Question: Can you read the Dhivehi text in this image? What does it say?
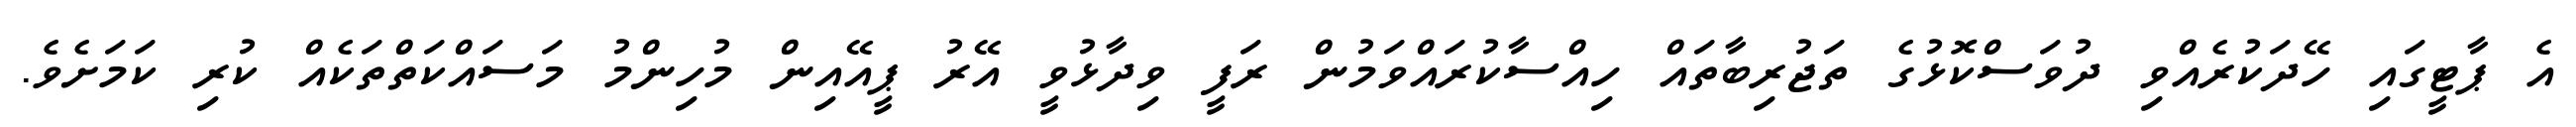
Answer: އެ ޕާޓީގައި ހޭދަކުރެއްވި ދުވަސްކޮޅުގެ ތަޖުރިބާތައް ހިއްސާކުރައްވަމުން ރަފީ ވިދާޅުވީ އޭރު ޕީއޭއިން މުހިންމު މަސައްކަތްތަކެއް ކުރި ކަމަށެވެ.